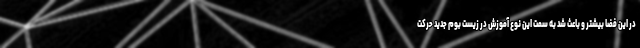
در این فضا بیشتر و باعث شد به سمت این نوع آموزش در زیست بوم جدید حرکت